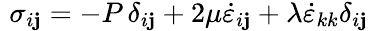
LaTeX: \, \, \sigma_{i\mathbf{j}}=-P\, \delta_{i\mathbf{j}}+2\mu{\dot{{\varepsilon}}}_{i\mathbf{j}}+\lambda{\dot{{\varepsilon}}}_{kk}\delta_{i\mathbf{j}}